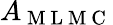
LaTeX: A_{\mathrm{~M~L~M~C~}}